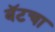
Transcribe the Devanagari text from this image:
बॅटचा